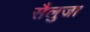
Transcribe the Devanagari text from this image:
सैलुजा